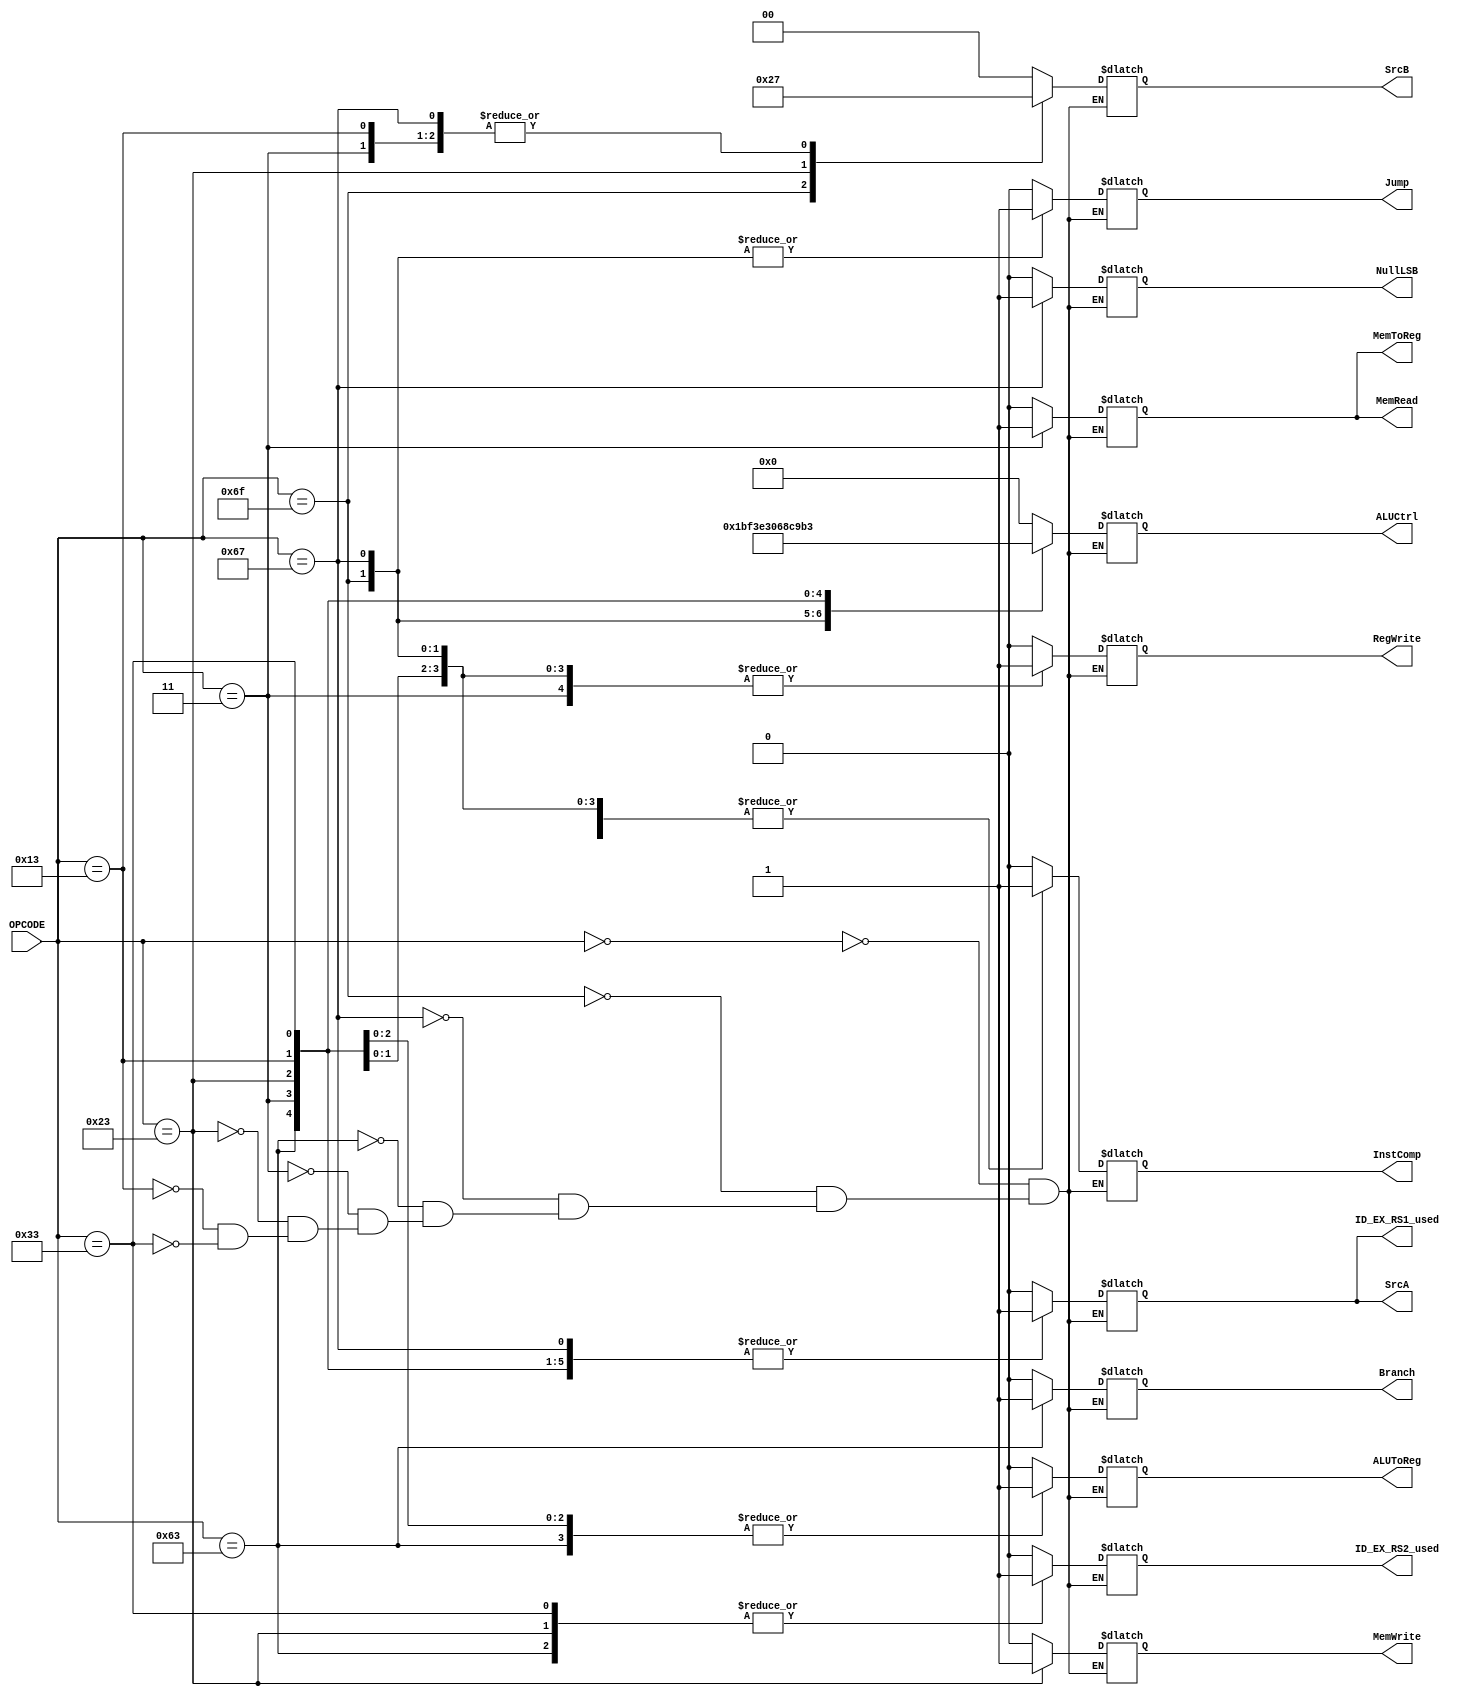
/* ########## START OF CONTROL UNIT ########### */
module CONTROL (
  input [6:0]OPCODE,

  output reg SrcA,
  output reg NullLSB, 
  output reg InstComp, 
  output reg Jump,
  output reg RegWrite,
  output reg [6:0] ALUCtrl,
  output reg [1:0] SrcB,
  output reg Branch,
  output reg MemWrite,
  output reg MemRead,
  output reg MemToReg,
  output reg ALUToReg,
  output reg ID_EX_RS1_used,
  output reg ID_EX_RS2_used
);
  initial begin
  SrcA = 0; 
  NullLSB = 0;
  InstComp = 0;
  Jump = 0;
  RegWrite = 0;
  ALUCtrl = 0;
  SrcB = 0;
  Branch = 0;
  MemWrite = 0;
  MemRead = 0;
  MemToReg = 0;
  ALUToReg = 0;
  ID_EX_RS1_used = 0;
  ID_EX_RS2_used = 0;
  end
  // Jump
  // RegWrite
  // ALUCtrl
  // SrcB
  // Branch
  // MemWrite
  // MemRead
  // MemToReg
  // ALUToReg

always @ (*) begin
  case (OPCODE)
  7'b0000000: begin // NOP
    SrcA = 1'b0;
    NullLSB = 1'b0; 
    InstComp = 1'b0;
    Jump = 1'b0;
    RegWrite = 1'b0;
    ALUCtrl = 7'b0000000;
    SrcB = 2'b00;
    Branch = 1'b0;
    MemWrite = 1'b0;
    MemRead = 1'b0;
    MemToReg = 1'b0;
    ALUToReg = 1'b0;
    ID_EX_RS1_used = 1'b0;
    ID_EX_RS2_used = 1'b0;
  end
  7'b1101111: begin // JAL
    SrcA = 1'b0;
    NullLSB = 1'b0;
    InstComp = 1'b1;
    Jump = 1'b1;
    RegWrite = 1'b1;
    ALUCtrl = 7'b1101111;
    SrcB = 2'b10;
    Branch = 1'b0;
    MemWrite = 1'b0;
    MemRead = 1'b0;
    MemToReg = 1'b0;
    ALUToReg = 1'b0;
    ID_EX_RS1_used = 1'b0;
    ID_EX_RS2_used = 1'b0;
  end
  7'b1100111: begin // JALR
    SrcA = 1'b1;
    NullLSB = 1'b1; 
    InstComp = 1'b1;
    Jump = 1'b1;
    RegWrite = 1'b1;
    ALUCtrl = 7'b1100111;
    SrcB = 2'b11;
    Branch = 1'b0;
    MemWrite = 1'b0;
    MemRead = 1'b0;
    MemToReg = 1'b0;
    ALUToReg = 1'b0;
    ID_EX_RS1_used = 1'b1;
    ID_EX_RS2_used = 1'b0;
  end
  7'b1100011: begin // B-Type
    SrcA = 1'b1;
    NullLSB = 1'b0;
    InstComp = 1'b1;
    Jump = 1'b0;
    RegWrite = 1'b0;
    ALUCtrl = 7'b1100011;
    SrcB = 2'b00;
    Branch = 1'b1;
    MemWrite = 1'b0;
    MemRead = 1'b0;
    MemToReg = 1'b0;
    ALUToReg = 1'b1;
    ID_EX_RS1_used = 1'b1;
    ID_EX_RS2_used = 1'b1;
  end
  7'b0000011: begin // LW
    SrcA = 1'b1;
    NullLSB = 1'b0;
    InstComp = 1'b1;
    Jump = 1'b0;
    RegWrite = 1'b1;
    ALUCtrl = 7'b0000011;
    SrcB = 2'b11;
    Branch = 1'b0;
    MemWrite = 1'b0;
    MemRead = 1'b1;
    MemToReg = 1'b1;
    ALUToReg = 1'b0;
    ID_EX_RS1_used = 1'b1;
    ID_EX_RS2_used = 1'b0;
  end
  7'b0100011: begin // SW
    SrcA = 1'b1;
    NullLSB = 1'b0;
    InstComp = 1'b1;
    Jump = 1'b0;
    RegWrite = 1'b0;
    ALUCtrl = 7'b0100011;
    SrcB = 2'b01;
    Branch = 1'b0;
    MemWrite = 1'b1;
    MemRead = 1'b0;
    MemToReg = 1'b0;
    ALUToReg = 1'b1;
    ID_EX_RS1_used = 1'b1;
    ID_EX_RS2_used = 1'b1;
  end
  7'b0010011: begin // I-Type
    SrcA = 1'b1;
    NullLSB = 1'b0;
    InstComp = 1'b1;
    Jump = 1'b0;
    RegWrite = 1'b1;
    ALUCtrl = 7'b0010011;
    SrcB = 2'b11;
    Branch = 1'b0;
    MemWrite = 1'b0;
    MemRead = 1'b0;
    MemToReg = 1'b0;
    ALUToReg = 1'b1;
    ID_EX_RS1_used = 1'b1;
    ID_EX_RS2_used = 1'b0;
  end
  7'b0110011: begin // R-Type
    SrcA = 1'b1;
    NullLSB = 1'b0;
    InstComp = 1'b1;
    Jump = 1'b0;
    RegWrite = 1'b1;
    ALUCtrl = 7'b0110011;
    SrcB = 2'b00;
    Branch = 1'b0;
    MemWrite = 1'b0;
    MemRead = 1'b0;
    MemToReg = 1'b0;
    ALUToReg = 1'b1;
    ID_EX_RS1_used = 1'b1;
    ID_EX_RS2_used = 1'b1;
  end
  endcase
end
endmodule
/* ########## END OF CONTROL UNIT ########### */


/* ########## START OF ALU CONTROL UNIT ########### */
module ALUCONTROL (
    input wire [6:0]func7,
    input wire [2:0]func3,
    input wire [6:0]ALUop,

    output reg [3:0] ALUControlSignal
);

    always @ (*) begin

        /*
        ALU Control Signal Table
            0000 ADD
            0001 SUB
            0010  < (signed)
            0011  >= (signed)
            0100  < (unsigned)
            0101  >= (unsigned)
            0110  ^ (XOR)
            0111  & (AND)
            1000  | (OR)
            1001  << (LLShift)
            1010  >> (RLShift)
            1011  >> (RAShift)
            1100  == (eq)
            1101  != (neq)
        */

        case (ALUop)
        7'b0000000: begin ALUControlSignal = 4'b0000; end // NOP
        7'b1101111: begin ALUControlSignal = 4'b0000; end // JAL 
        7'b1100111: begin ALUControlSignal = 4'b0000; end // JALR
        7'b1100011: begin // B-Type
            case (func3)
            3'b000: begin ALUControlSignal = 4'b1100; end // BEQ
            3'b001: begin ALUControlSignal = 4'b1101; end // BNE
            3'b100: begin ALUControlSignal = 4'b0010; end // BLT
            3'b101: begin ALUControlSignal = 4'b0011; end // BGE
            3'b110: begin ALUControlSignal = 4'b0100; end // BLTU
            3'b111: begin ALUControlSignal = 4'b0101; end // BGEU
            endcase
        end
        7'b0000011: begin ALUControlSignal = 4'b0000; end // LW
        7'b0100011: begin ALUControlSignal = 4'b0000; end // SW
        7'b0010011: begin // R-Type Imm
            case (func3)
                3'b000: begin ALUControlSignal = 4'b0000; end // ADDI
                3'b010: begin ALUControlSignal = 4'b0010; end // SLTI
                3'b011: begin ALUControlSignal = 4'b0100; end // SLTIU
                3'b100: begin ALUControlSignal = 4'b0110; end // XORI
                3'b110: begin ALUControlSignal = 4'b1000; end // ORI
                3'b111: begin ALUControlSignal = 4'b0111; end // ANDI
                3'b001: begin ALUControlSignal = 4'b1001; end // SLLI
                3'b101: begin // SR(L/A)I
                    case (func7)
                        7'b0000000: begin ALUControlSignal = 4'b1010; end // SRLI
                        7'b0100000: begin ALUControlSignal = 4'b1011; end // SRAI
                    endcase
                end
            endcase
        end
        7'b0110011: begin // R-Type rs2
            case (func3)
                3'b000: begin
                    case (func7)
                        7'b0000000: begin ALUControlSignal = 4'b0000; end // ADD
                        7'b0100000: begin ALUControlSignal = 4'b0001; end // SUB
                    endcase
                end
                3'b001: begin ALUControlSignal = 4'b1001; end // SLL
                3'b010: begin ALUControlSignal = 4'b0010; end // SLT
                3'b011: begin ALUControlSignal = 4'b0100; end // SLTU
                3'b100: begin ALUControlSignal = 4'b0110; end // XOR
                3'b101: begin // SLL
                    case (func7)
                        7'b0000000: begin ALUControlSignal = 4'b1010; end // SRL
                        7'b0100000: begin ALUControlSignal = 4'b1011; end // SRA
                    endcase
                end
                3'b110: begin ALUControlSignal = 4'b1000; end // OR
                3'b111: begin ALUControlSignal = 4'b0111; end // AND
            endcase
        end
        endcase

    end

endmodule 
/* ########## END OF ALU CONTROL UNIT ########### */